Indian journal of veterinary science and animal husbandry - Volume 13,
Year: 1943
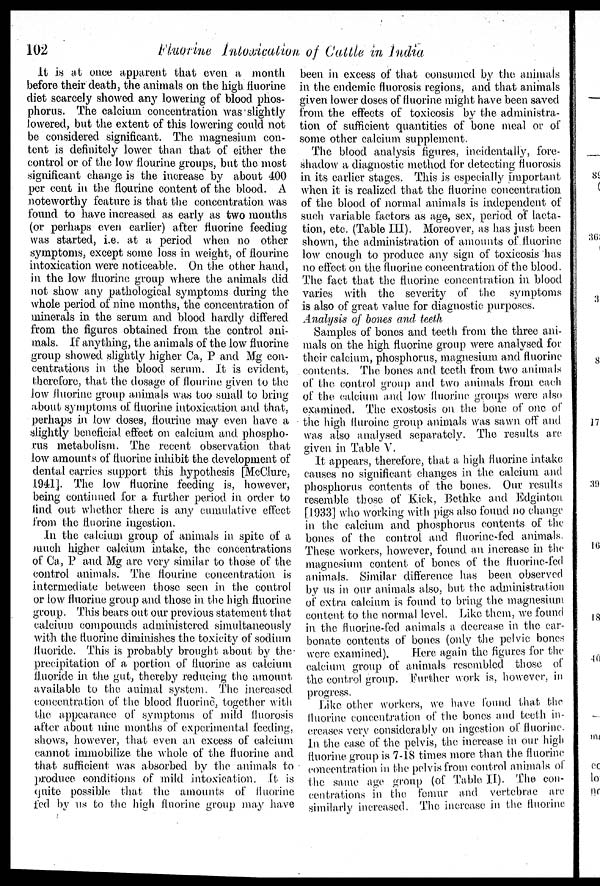
102
fluorine Intoxicution of Cattle in India
It is at once apparent that oven a month
before their death, the animals on the high fluorine
diet scarcely showed any lowering of blood phos-
phorus. The calcium concentration was slightly
lowered, but the extent of this lowering could not
be considered significant. The magnesium con-
tent is definitely lower than that of either the
control or of the low flourine groups, but the most
significant change is the increase by about 400
per cent in the flourine content of the blood. A
noteworthy feature is that the concentration was
found to have increased as early as two months
(or perhaps even earlier) after fluorine feeding
was started, i.e. at a period when no other
symptoms, except some loss in weight, of flourine
intoxication were noticeable. On the other hand,
in the low fluorine group where the animals did
not show any pathological symptoms during the
whole period of nine months, the concentration of
minerals in the serum and blood hardly differed
from the figures obtained from the control ani-
mals. If anything, the animals of the low fluorine
group showed slightly higher Ca, P and Mg con-
centrations in the blood serum. It is evident,
therefore, that the dosage of flourine given to the
low fluorine group animals was too small to bring
about symptoms of fluorine intoxication and that,
perhaps in low doses, flourine may even have a
slightly beneficial effect on calcium and phospho-
rus metabolism. The recent observation that
low amounts of fluorine inhibit the development of
dental carries support this hypothesis [McClure,
1941]. The low fluorine feeding is, however,
being continued for a further period in order to
find out whether there is any cumulative effect
from the fluorine ingestion.
In the calcium group of animals in spite of a
much higher calcium intake, the concentrations
of Ca, P and Mg are very similar to those of the
control animals. The flourine concentration is
intermediate between those seen in the control
or low fluorine group and those in the high fluorine
group. This bears out our previous statement that
calcium compounds administered simultaneously
with the fluorine diminishes the toxicity of sodium
fluoride. This is probably brought about by the
precipitation of a portion of fluorine as calcium
fluoride in the gut, thereby reducing the amount
available to the animal system The increased
concentration of the blood fluorine, together with
the appearance of symptoms of mild fluorosis
after about nine months of experimental feeding,
shows, however, that even an excess of calcium
cannot immobilize the whole of the fluorine and
that sufficient was absorbed by the animals to
produce conditions of mild intoxication. It is
quite possible that the amounts of fluorine
fed by us to the high fluorine group may have
been in excess of that consumed by the animals
in the endemic fluorosis regions, and that animals
given lower doses of fluorine might have been saved
from the effects of toxicosis by the administra-
tion of sufficient quantities of bone meal or of
some other calcium supplement.
The blood analysis figures, incidentally, fore-
shadow a diagnostic method for detecting fluorosis
in its earlier stages. This is especially important
when if is realized that the fluorine concentration
of the blood of normal animals is independent of
such variable factors as age, sex, period of lacta-
tion, etc. (Table III). Moreover, as has just been
shown, the administration of amounts of fluorine
low enough to produce any sign of toxicosis has
no effect on the fluorine concentration of the blood.
The fact that the fluorine concentration in blood
varies with the severity of the symptoms
is also of great value for diagnostic purposes.
Analysis of bones and teeth
Samples of bones and teeth from the three ani-
mals on the high fluorine group were analysed for
their calcium, phosphorus, magnesium and fluorine
contents. The bones and teeth from two animals
of the control group and two animals from each
of the calcium and low fluorine groups were also
examined. The exostosis on the bone of one of
the high fluroine group animals was sawn off and
was also analysed separately. The results are
given in Table V.
It appears, therefore, that a high fluorine intake
causes no significant changes in the calcium and
phosphorus contents of the bones. Our results
resemble those of Kick, Bethke and Edginton
[1933] who working with pigs also found no change
in the calcium and phosphorus contents of the
bones of the control and fluorine-fed animals
These workers, however, found an increase in the
magnesium content of bones of the fiuorine-fed
animals. Similar difference has been observed
by us in our animals also, but the administration
of extra calcium is found to bring the magnesium
content to the normal level. Like them, we found
in the fluorine-fed animals a decrease in the car-
bonate contents of bones (only the pelvic bones
were examined).
Here again the figures for the
calcium group of animals resembled those of
the control group. Further work is, however, in
progress.
Like other workers, we have found that the
fluorine concentration of the bones and teeth in-
creases very considerably on ingestion of fluorme
In the case of the pelvis, the increase in our high
fluorine group is 7-18 times more than the fluorine
concentration in the pelvis from control animals of
the same age group (of Table II). The con-
centrations in the femur and vertebrae are
similarly increased. The increase in the fluorine